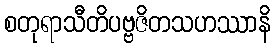
စတုရာသီတိပဗ္ဗဇိတသဟဿာနိ